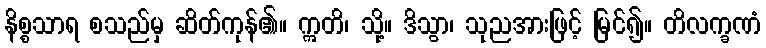
နိစ္စသာရ စသည်မှ ဆိတ်ကုန်၏။ ဣတိ၊ သို့။ ဒိသွာ၊ သုညအားဖြင့် မြင်၍။ တိလက္ခဏံ